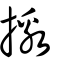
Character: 撽